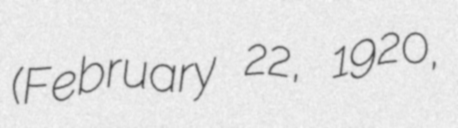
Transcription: (February 22, 1920,